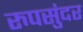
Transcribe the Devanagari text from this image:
रुपसुंदर